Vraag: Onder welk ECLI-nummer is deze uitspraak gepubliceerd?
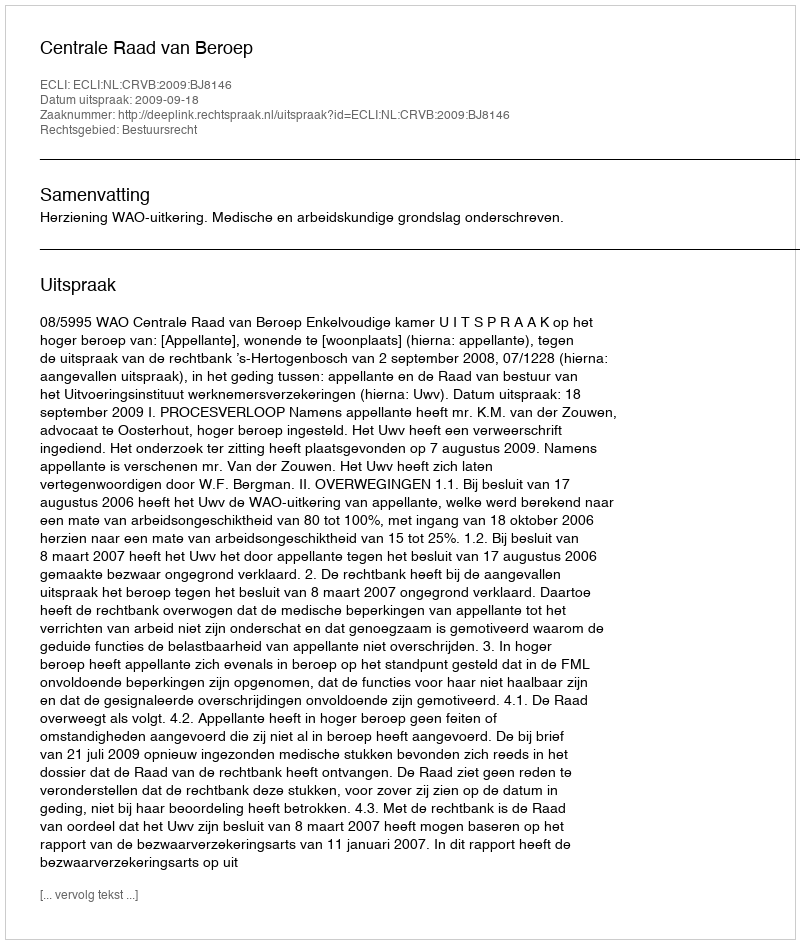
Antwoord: ECLI:NL:CRVB:2009:BJ8146